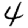
Digit: 4